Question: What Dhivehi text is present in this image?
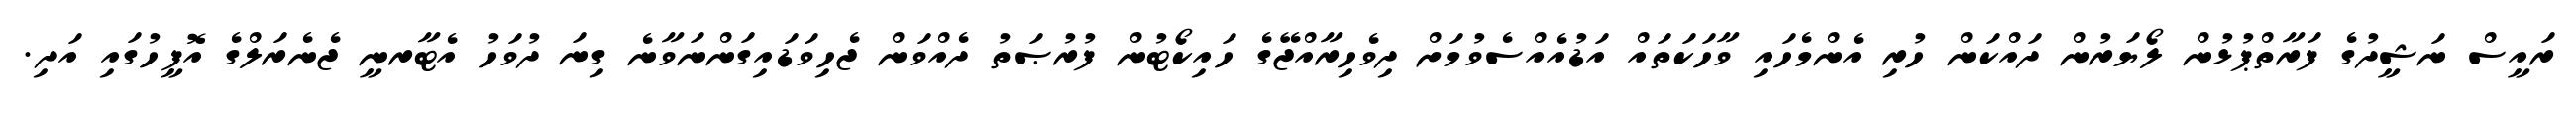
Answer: ރައީސް ނަޝީދުގެ ފަރާތްޕުޅުން ލޯޔަރުން ދައްކަން ހުރި އެންމެހައި ވާހަކަތައް އަޑުއެއްސެވުމަށް ދިވެހިރާއްޖޭގެ ހައިކޯޓުން ފުރުޞަތު ދެއްވަން ޖެހިވަޑައިގަންނަވާނެ ގިނަ ދުވަހު އެޓާރނީ ޖެނެރަލްގެ އޮފީހުގައި އަދި.